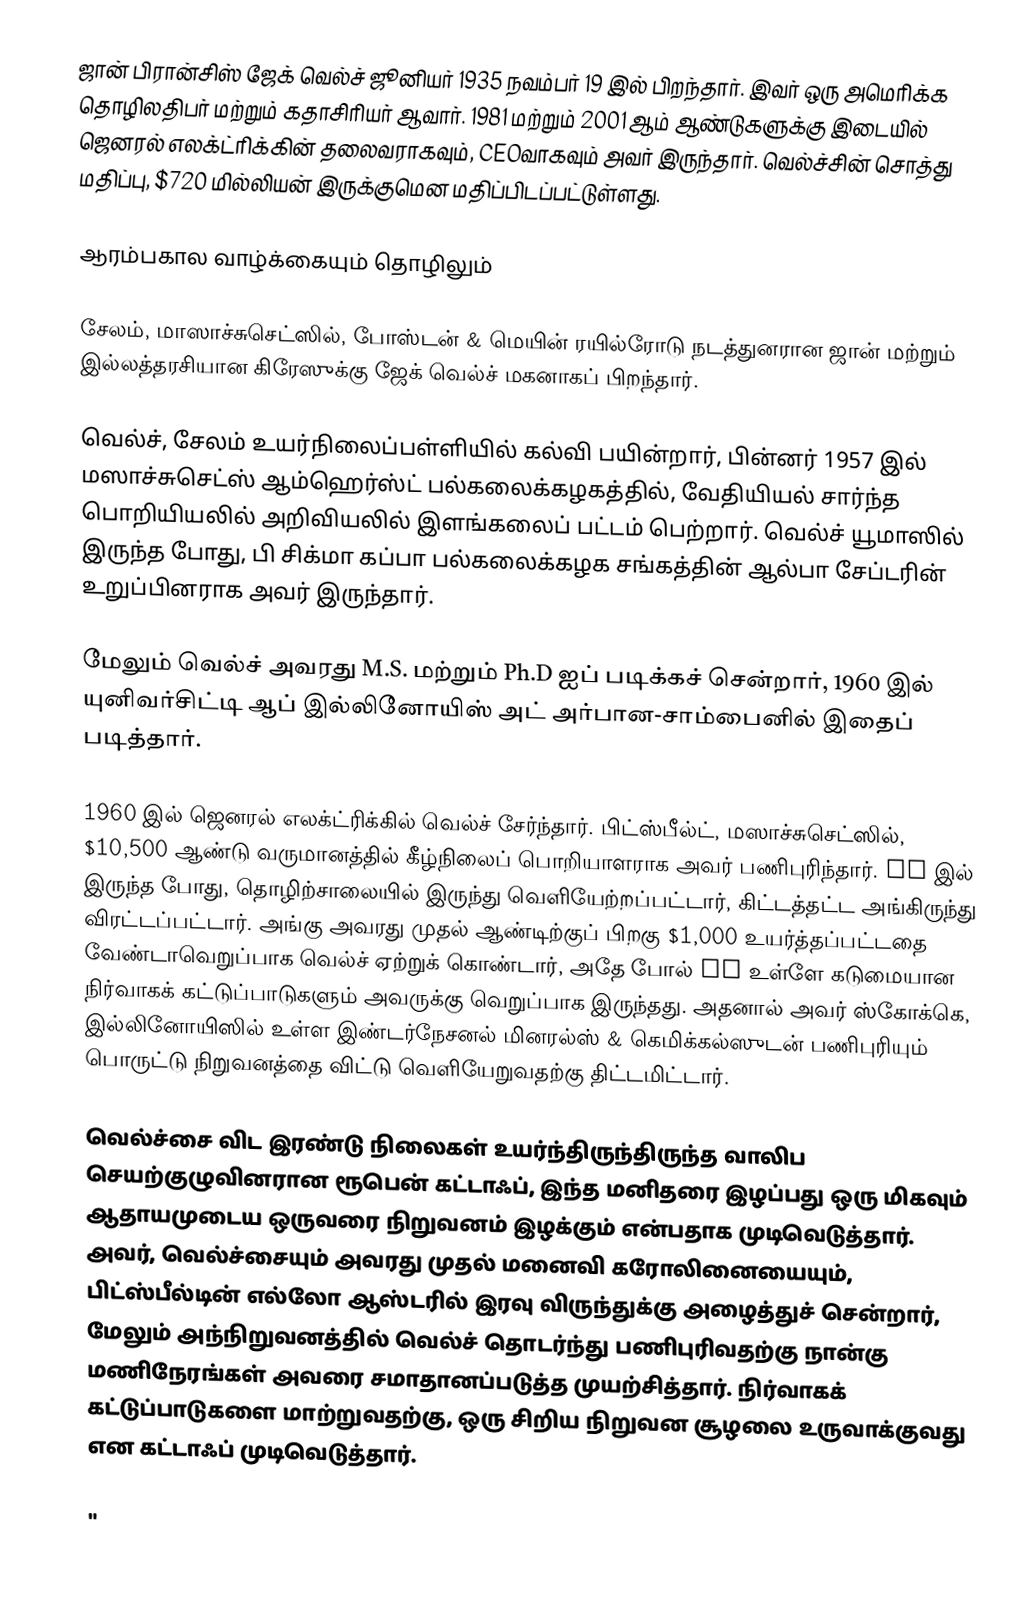
ஜான் பிரான்சிஸ் ஜேக் வெல்ச் ஜூனியர் 1935 நவம்பர் 19 இல் பிறந்தார். இவர் ஒரு அமெரிக்க தொழிலதிபர் மற்றும் கதாசிரியர் ஆவார். 1981 மற்றும் 2001 ஆம் ஆண்டுகளுக்கு இடையில் ஜெனரல் எலக்ட்ரிக்கின் தலைவராகவும், CEOவாகவும் அவர் இருந்தார். வெல்ச்சின் சொத்து மதிப்பு, $720 மில்லியன் இருக்குமென மதிப்பிடப்பட்டுள்ளது.

ஆரம்பகால வாழ்க்கையும் தொழிலும்

சேலம், மாஸாச்சுசெட்ஸில், போஸ்டன் & மெயின் ரயில்ரோடு நடத்துனரான ஜான் மற்றும் இல்லத்தரசியான கிரேஸுக்கு ஜேக் வெல்ச் மகனாகப் பிறந்தார்.

வெல்ச், சேலம் உயர்நிலைப்பள்ளியில் கல்வி பயின்றார், பின்னர் 1957 இல் மஸாச்சுசெட்ஸ் ஆம்ஹெர்ஸ்ட் பல்கலைக்கழகத்தில், வேதியியல் சார்ந்த பொறியியலில் அறிவியலில் இளங்கலைப் பட்டம் பெற்றார். வெல்ச் யூமாஸில் இருந்த போது, பி சிக்மா கப்பா பல்கலைக்கழக சங்கத்தின் ஆல்பா சேப்டரின் உறுப்பினராக அவர் இருந்தார்.

மேலும் வெல்ச் அவரது M.S. மற்றும் Ph.D ஐப் படிக்கச் சென்றார், 1960 இல் யுனிவர்சிட்டி ஆப் இல்லினோயிஸ் அட் அர்பான-சாம்பைனில் இதைப் படித்தார்.

1960 இல் ஜெனரல் எலக்ட்ரிக்கில் வெல்ச் சேர்ந்தார். பிட்ஸ்பீல்ட், மஸாச்சுசெட்ஸில், $10,500 ஆண்டு வருமானத்தில் கீழ்நிலைப் பொறியாளராக அவர் பணிபுரிந்தார். GE இல் இருந்த போது, தொழிற்சாலையில் இருந்து வெளியேற்றப்பட்டார், கிட்டத்தட்ட அங்கிருந்து விரட்டப்பட்டார். அங்கு அவரது முதல் ஆண்டிற்குப் பிறகு $1,000 உயர்த்தப்பட்டதை வேண்டாவெறுப்பாக வெல்ச் ஏற்றுக் கொண்டார், அதே போல் GE உள்ளே கடுமையான நிர்வாகக் கட்டுப்பாடுகளும் அவருக்கு வெறுப்பாக இருந்தது. அதனால் அவர் ஸ்கோக்கெ, இல்லினோயிஸில் உள்ள இண்டர்நேசனல் மினரல்ஸ் & கெமிக்கல்ஸுடன் பணிபுரியும் பொருட்டு நிறுவனத்தை விட்டு வெளியேறுவதற்கு திட்டமிட்டார்.

வெல்ச்சை விட இரண்டு நிலைகள் உயர்ந்திருந்திருந்த வாலிப செயற்குழுவினரான ரூபென் கட்டாஃப், இந்த மனிதரை இழப்பது ஒரு மிகவும் ஆதாயமுடைய ஒருவரை நிறுவனம் இழக்கும் என்பதாக முடிவெடுத்தார். அவர், வெல்ச்சையும் அவரது முதல் மனைவி கரோலினையையும், பிட்ஸ்பீல்டின் எல்லோ ஆஸ்டரில் இரவு விருந்துக்கு அழைத்துச் சென்றார், மேலும் அந்நிறுவனத்தில் வெல்ச் தொடர்ந்து பணிபுரிவதற்கு நான்கு மணிநேரங்கள் அவரை சமாதானப்படுத்த முயற்சித்தார். நிர்வாகக் கட்டுப்பாடுகளை மாற்றுவதற்கு, ஒரு சிறிய நிறுவன சூழலை உருவாக்குவது என கட்டாஃப் முடிவெடுத்தார்.

"